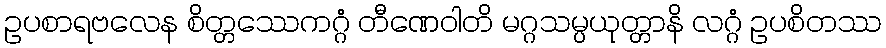
ဥပစာရဗလေန စိတ္တဿေကဂ္ဂံ တီဏေဝါတိ မဂ္ဂသမ္ပယုတ္တာနိ လဂ္ဂံ ဥပစိတဿ